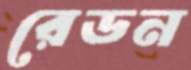
রেডন